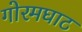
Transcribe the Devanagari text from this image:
गोरमघाट